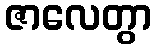
ဇာလေတွာ